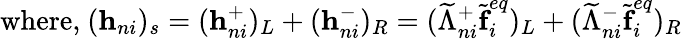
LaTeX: \textrm{where,}\ (\textbf{h}_{ni})_{s}=(\textbf{h}_{ni}^{+})_{L}+(\textbf{h}_{ni}^{-})_{R}=(\widetilde{\Lambda}_{ni}^{+}\widetilde{\textbf{f}}_{i}^{eq})_{L}+(\widetilde{\Lambda}_{ni}^{-}\widetilde{\textbf{f}}_{i}^{eq})_{R}